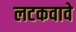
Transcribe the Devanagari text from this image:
लटकवावे